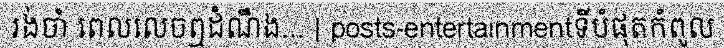
រង់ចាំ ពេលលេចឮដំណឹង... | posts-entertainmentទីបំផុតកំពូល